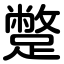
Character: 蹩